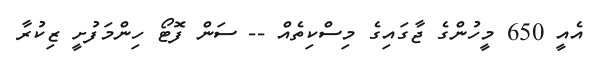
އެއީ 650 މީހުންގެ ޖާގައިގެ މިސްކިތެއް -- ސަން ފޮޓޯ ހިންމަފުށީ ޒިކުރާ